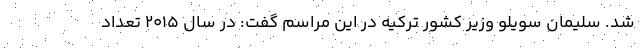
شد. سلیمان سویلو وزیر کشور ترکیه در این مراسم گفت: در سال ۲۰۱۵ تعداد